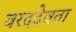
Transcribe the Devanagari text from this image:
वरददेवता